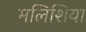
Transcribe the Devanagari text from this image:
मलिशिया